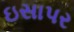
ઇસાપર